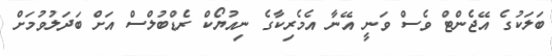
ބަލަކުގެ އޭޖެންޓް ވެސް ވަނީ އޭނާ އެމެރިކާގެ ނިއުޔޯކް ރެޑްބުލްސް އަށް ބަދަލުވުމަށް